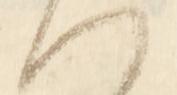
つ